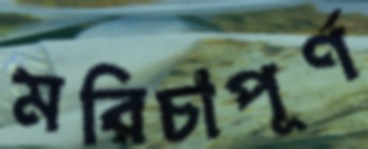
মরিচাপূর্ণ